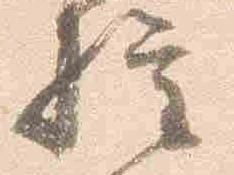
権